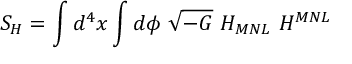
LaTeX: { \cal S } _ { H } = \int d ^ { 4 } x \int d \phi ~ \sqrt { - G } ~ H _ { M N L } ~ H ^ { M N L }